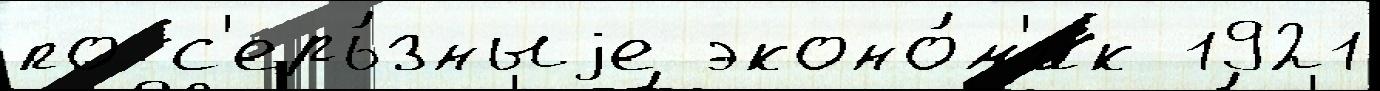
по с'ерь́зныjе эконо́м'ик 1921